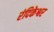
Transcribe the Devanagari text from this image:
रंदिकेश्वर